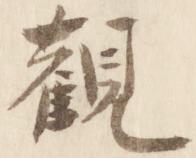
観